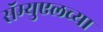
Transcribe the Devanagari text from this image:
सॅम्युएलच्या